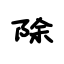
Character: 除